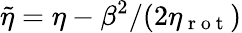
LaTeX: \widetilde{\eta}=\eta-\beta^{2}/(2\eta_{\mathrm{~r~o~t~}})